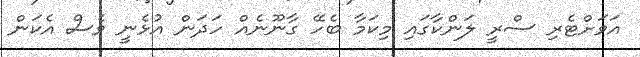
އަވަށްޓެރި ސްރީ ލަންކާގައި މިކަމާ ބެހޭ ގާނޫނެއް ހަދަން އުޅެނީ ވެސް އެކަން